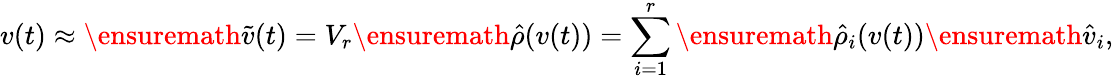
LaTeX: v(t)\approx\ensuremath{\tilde{v}}(t)=V_{r}\ensuremath{\hat{\rho}}(v(t))=\sum_{i=1}^{r}\ensuremath{\hat{\rho}}_{i}(v(t))\ensuremath{\hat{v}}_{i},